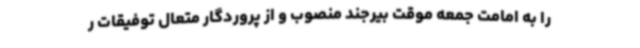
را به امامت جمعه‌ موقت بیرجند منصوب و از پروردگار متعال توفیقات ر